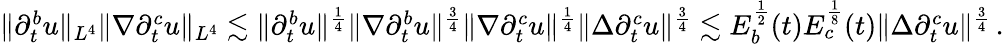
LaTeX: \begin{array}{r}{\| \partial_{t}^{b}u\| _{L^{4}}\| \nabla\partial_{t}^{c}u\| _{L^{4}}\lesssim\| \partial_{t}^{b}u\| ^{\frac{1}{4}}\| \nabla\partial_{t}^{b}u\| ^{\frac{3}{4}}\| \nabla\partial_{t}^{c}u\| ^{\frac{1}{4}}\| \Delta\partial_{t}^{c}u\| ^{\frac{3}{4}}\lesssim E_{b}^{\frac{1}{2}}(t)E_{c}^{\frac{1}{8}}(t)\| \Delta\partial_{t}^{c}u\| ^{\frac{3}{4}}\, .}\end{array}